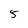
Character: 5